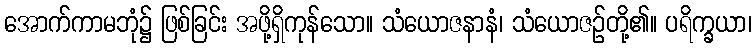
အောက်ကာမဘုံ၌ ဖြစ်ခြင်း အဖို့ရှိကုန်သော။ သံယောဇနာနံ၊ သံယောဇဉ်တို့၏။ ပရိက္ခယာ၊